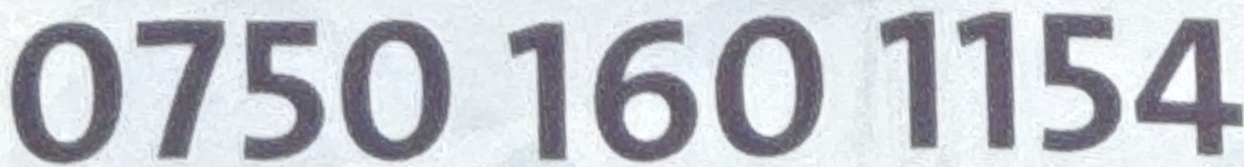
0750 160 1154